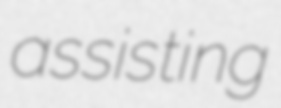
assisting